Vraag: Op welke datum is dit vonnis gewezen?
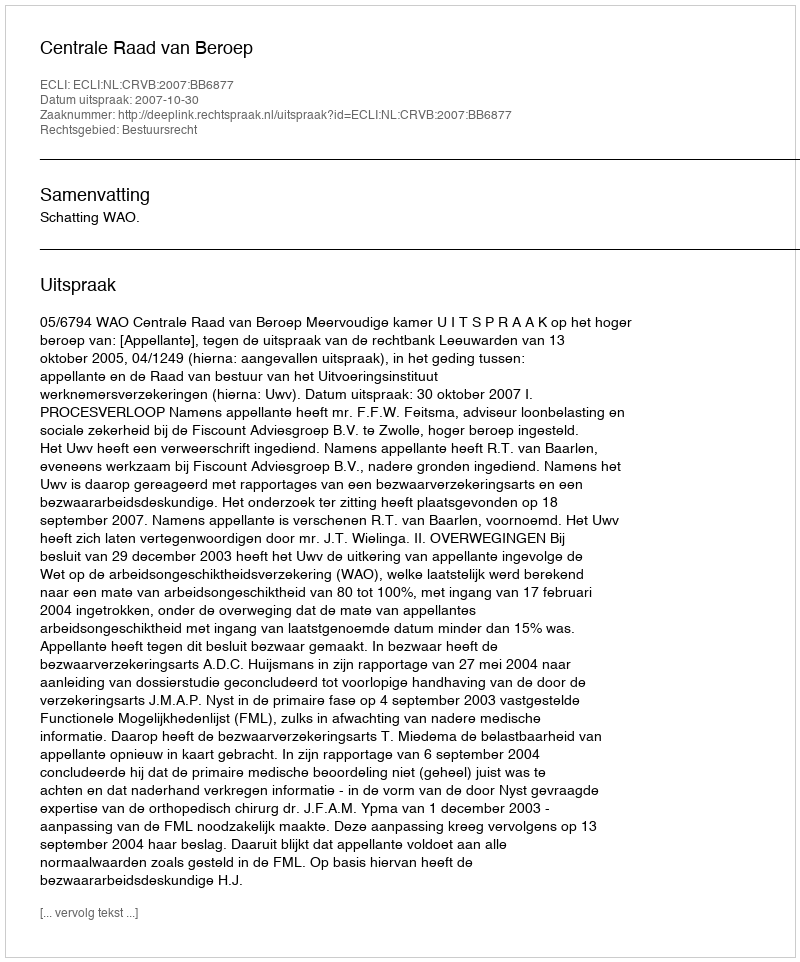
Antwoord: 2007-10-30